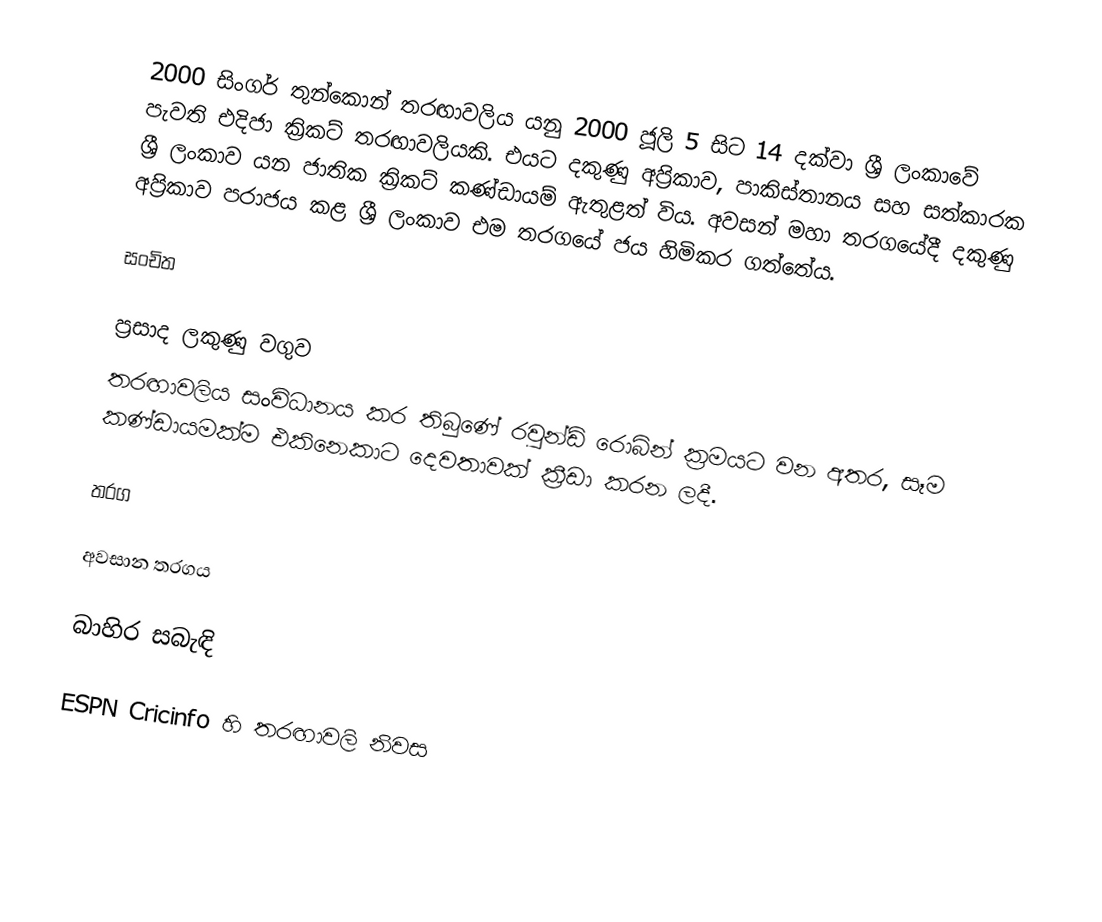
2000 සිංගර් තුන්කොන් තරඟාවලිය යනු 2000 ජූලි 5 සිට 14 දක්වා ශ්‍රී ලංකාවේ පැවති එදිජා ක්‍රිකට් තරඟාවලියකි. එයට දකුණු අප්‍රිකාව, පාකිස්තානය සහ සත්කාරක ශ්‍රී ලංකාව යන ජාතික ක්‍රිකට් කණ්ඩායම් ඇතුළත් විය. අවසන් මහා තරගයේදී දකුණු අප්‍රිකාව පරාජය කළ ශ්‍රී ලංකාව එම තරගයේ ජය හිමිකර ගත්තේය.

සංචිත

ප්‍රසාද ලකුණු වගුව
තරඟාවලිය සංවිධානය කර තිබුණේ රවුන්ඩ් රොබින් ක්‍රමයට වන අතර, සෑම කණ්ඩායමක්ම එකිනෙකාට දෙවතාවක් ක්‍රීඩා කරන ලදී.

තරග

අවසාන තරගය

බාහිර සබැඳි

 ESPN Cricinfo හි තරඟාවලි නිවස